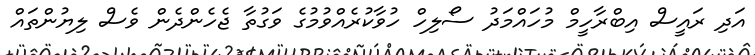
އަދި ރައީސް އިބްރާހީމް މުހައްމަދު ސޯލިހް ހުވާކުރެއްވުމުގެ ވަގުތާ ޖެހެންދެން ވެސް ލިޔުންތައް